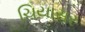
ચિયાસર